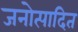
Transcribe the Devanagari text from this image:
जनोत्पादित